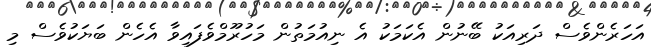
އަހަރެންވެސް ދަރިއަކު ބޭނުން އެކަމަކު އެ ނިއުމަތުން މަހުރޫމްވެފައިވާ އެހެން ބަޔަކުވެސް މި